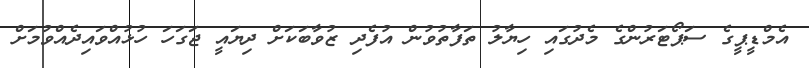
އެމްޑީޕީގެ ސަޕޯޓަރުންގެ މެދުގައި ހިޔާލު ތަފާތުވުން އުފެދި ޒުވާބަކަށް ދިޔައީ ޖަގަހަ ހުޅުއްވައިދެއްވުމަށް